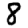
Digit: 8